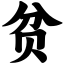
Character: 贫